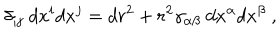
LaTeX: \delta _ { i j } ~ d x ^ { i } d x ^ { j } = d r ^ { 2 } + r ^ { 2 } \gamma _ { \alpha \beta } ~ d x ^ { \alpha } d x ^ { \beta } ~ ,